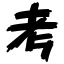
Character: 考